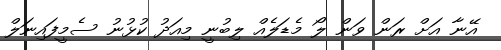
އޭނާ އަށް ރަން ވަން ލޯ މެޑަލެއް ލިބުނީ މިއަދު ކުޅުނު ސެމީފައިނަލް